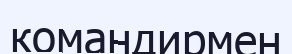
командирмен